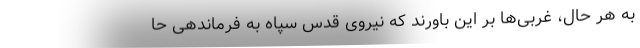
به هر حال، غربی‌ها بر این باورند که نیروی قدس سپاه به فرماندهی حا